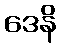
ဒေနိ